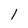
Character: 1